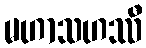
မဟာသဟဿီ